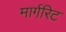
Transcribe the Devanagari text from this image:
मार्गरिट